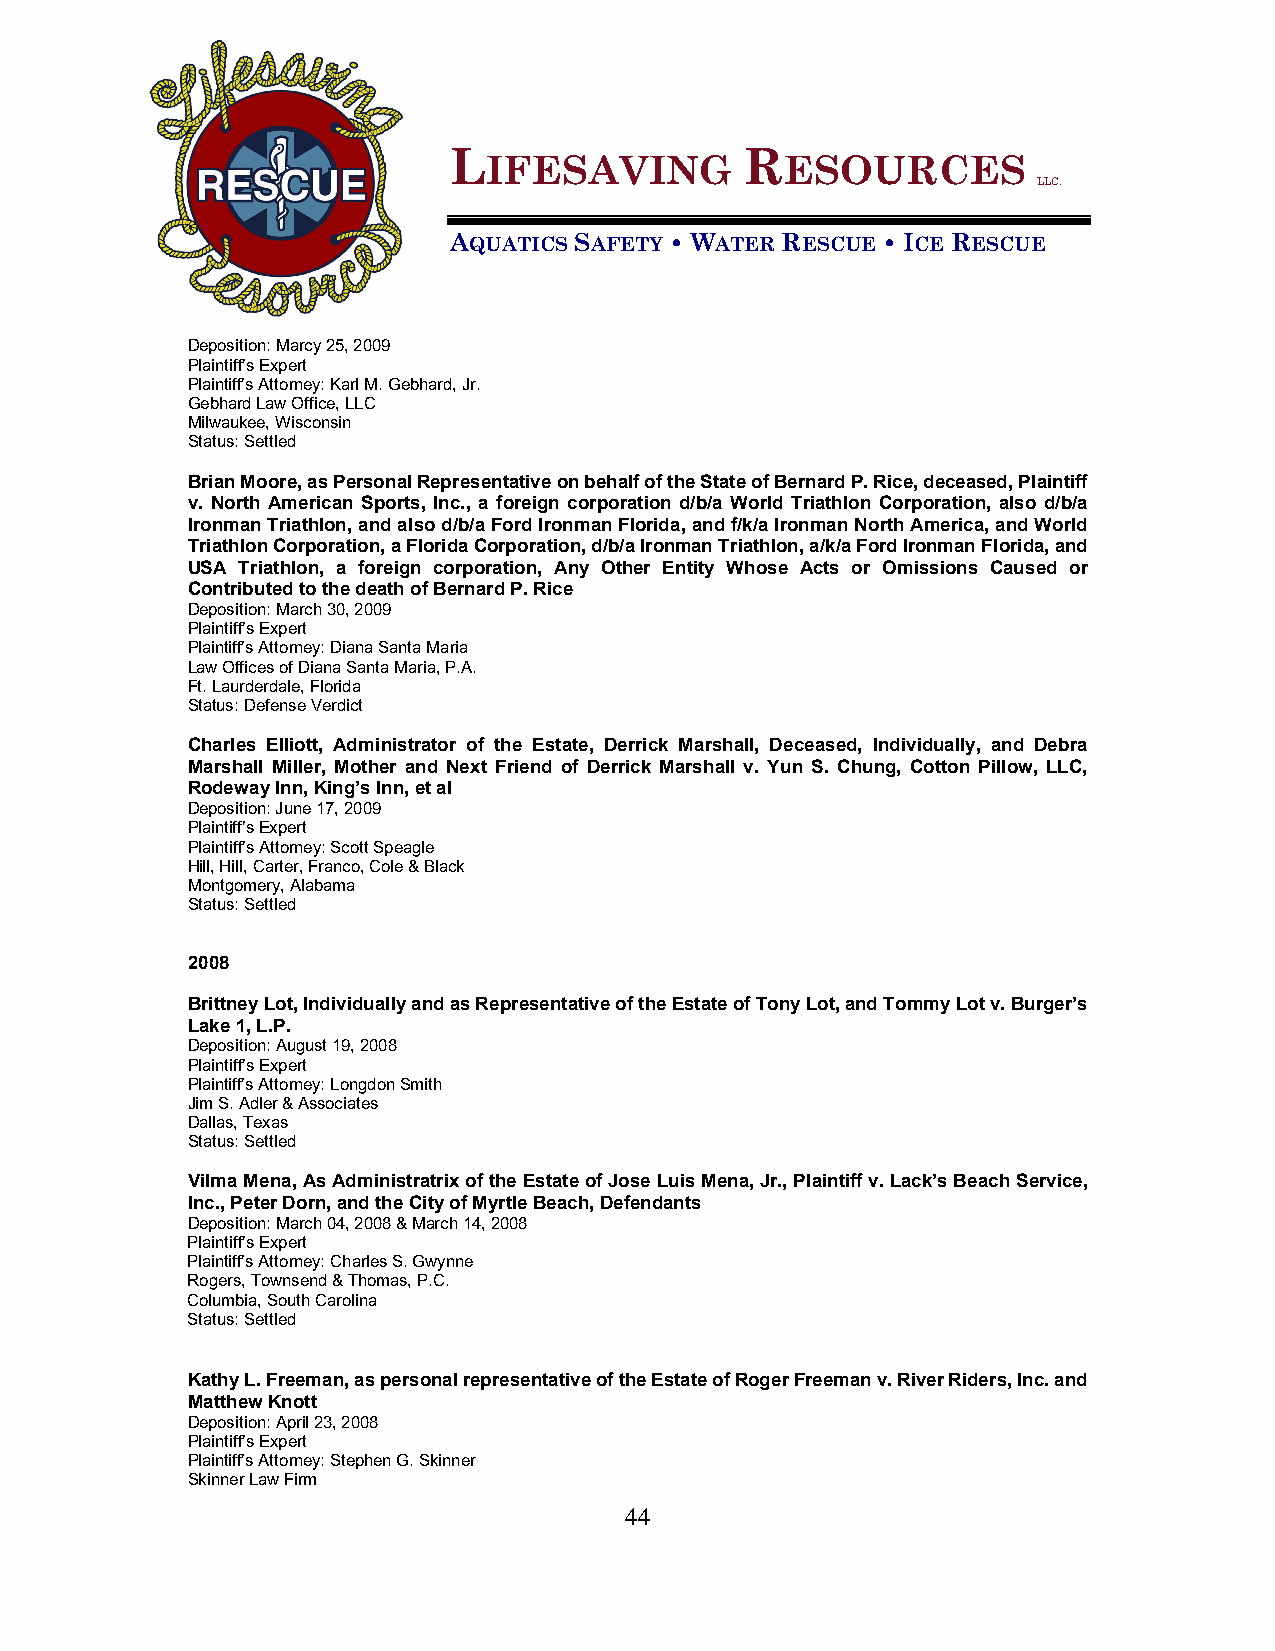
L                  R
 IFESAVING           ESOURCES
 LLC.
 AQUATICS SAFETY • WATER RESCUE • ICE RESCUE
 Deposition: Marcy 25, 2009
 Plaintiff’s Expert
 Plaintiff’s Attorney: Karl M. Gebhard, Jr.
 Gebhard Law Office, LLC
 Milwaukee, Wisconsin
 Status: Settled
 Brian Moore, as Personal Representative on behalf of the State of Bernard P. Rice, deceased, Plaintiff
 v. North American Sports, Inc., a foreign corporation d/b/a World Triathlon Corporation, also d/b/a
 Ironman Triathlon, and also d/b/a Ford Ironman Florida, and f/k/a Ironman North America, and World
 Triathlon Corporation, a Florida Corporation, d/b/a Ironman Triathlon, a/k/a Ford Ironman Florida, and
 USA Triathlon, a foreign corporation, Any Other Entity Whose Acts or Omissions Caused or
 Contributed to the death of Bernard P. Rice
 Deposition: March 30, 2009
 Plaintiff’s Expert
 Plaintiff’s Attorney: Diana Santa Maria
 Law Offices of Diana Santa Maria, P.A.
 Ft. Laurderdale, Florida
 Status: Defense Verdict
 Charles Elliott, Administrator of the Estate, Derrick Marshall, Deceased, Individually, and Debra
 Marshall Miller, Mother and Next Friend of Derrick Marshall v. Yun S. Chung, Cotton Pillow, LLC,
 Rodeway Inn, King’s Inn, et al
 Deposition: June 17, 2009
 Plaintiff’s Expert
 Plaintiff’s Attorney: Scott Speagle
 Hill, Hill, Carter, Franco, Cole & Black
 Montgomery, Alabama
 Status: Settled
 2008
 Brittney Lot, Individually and as Representative of the Estate of Tony Lot, and Tommy Lot v. Burger’s
 Lake 1, L.P.
 Deposition: August 19, 2008
 Plaintiff’s Expert
 Plaintiff’s Attorney: Longdon Smith
 Jim S. Adler & Associates
 Dallas, Texas
 Status: Settled
 Vilma Mena, As Administratrix of the Estate of Jose Luis Mena, Jr., Plaintiff v. Lack’s Beach Service,
 Inc., Peter Dorn, and the City of Myrtle Beach, Defendants
 Deposition: March 04, 2008 & March 14, 2008
 Plaintiff’s Expert
 Plaintiff’s Attorney: Charles S. Gwynne
 Rogers, Townsend & Thomas, P.C.
 Columbia, South Carolina
 Status: Settled
 Kathy L. Freeman, as personal representative of the Estate of Roger Freeman v. River Riders, Inc. and
 Matthew Knott
 Deposition: April 23, 2008
 Plaintiff’s Expert
 Plaintiff’s Attorney: Stephen G. Skinner
 Skinner Law Firm
 44